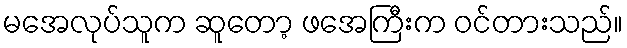
မအေလုပ်သူက ဆူတော့ ဖအေကြီးက ဝင်တားသည်။